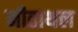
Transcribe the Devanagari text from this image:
मीताथल